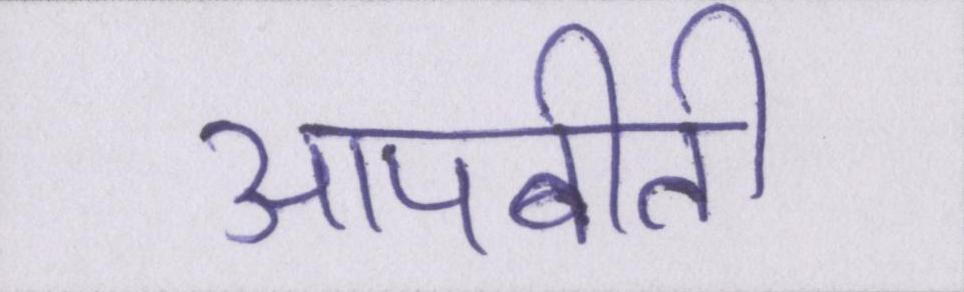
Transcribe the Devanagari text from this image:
आपबीती